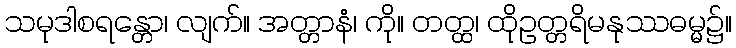
သမုဒါစရန္တော၊ လျက်။ အတ္တာနံ၊ ကို။ တတ္ထ၊ ထိုဥတ္တရိမနုဿဓမ္မ၌။